Mustjala_vallavalitsus, lk 7
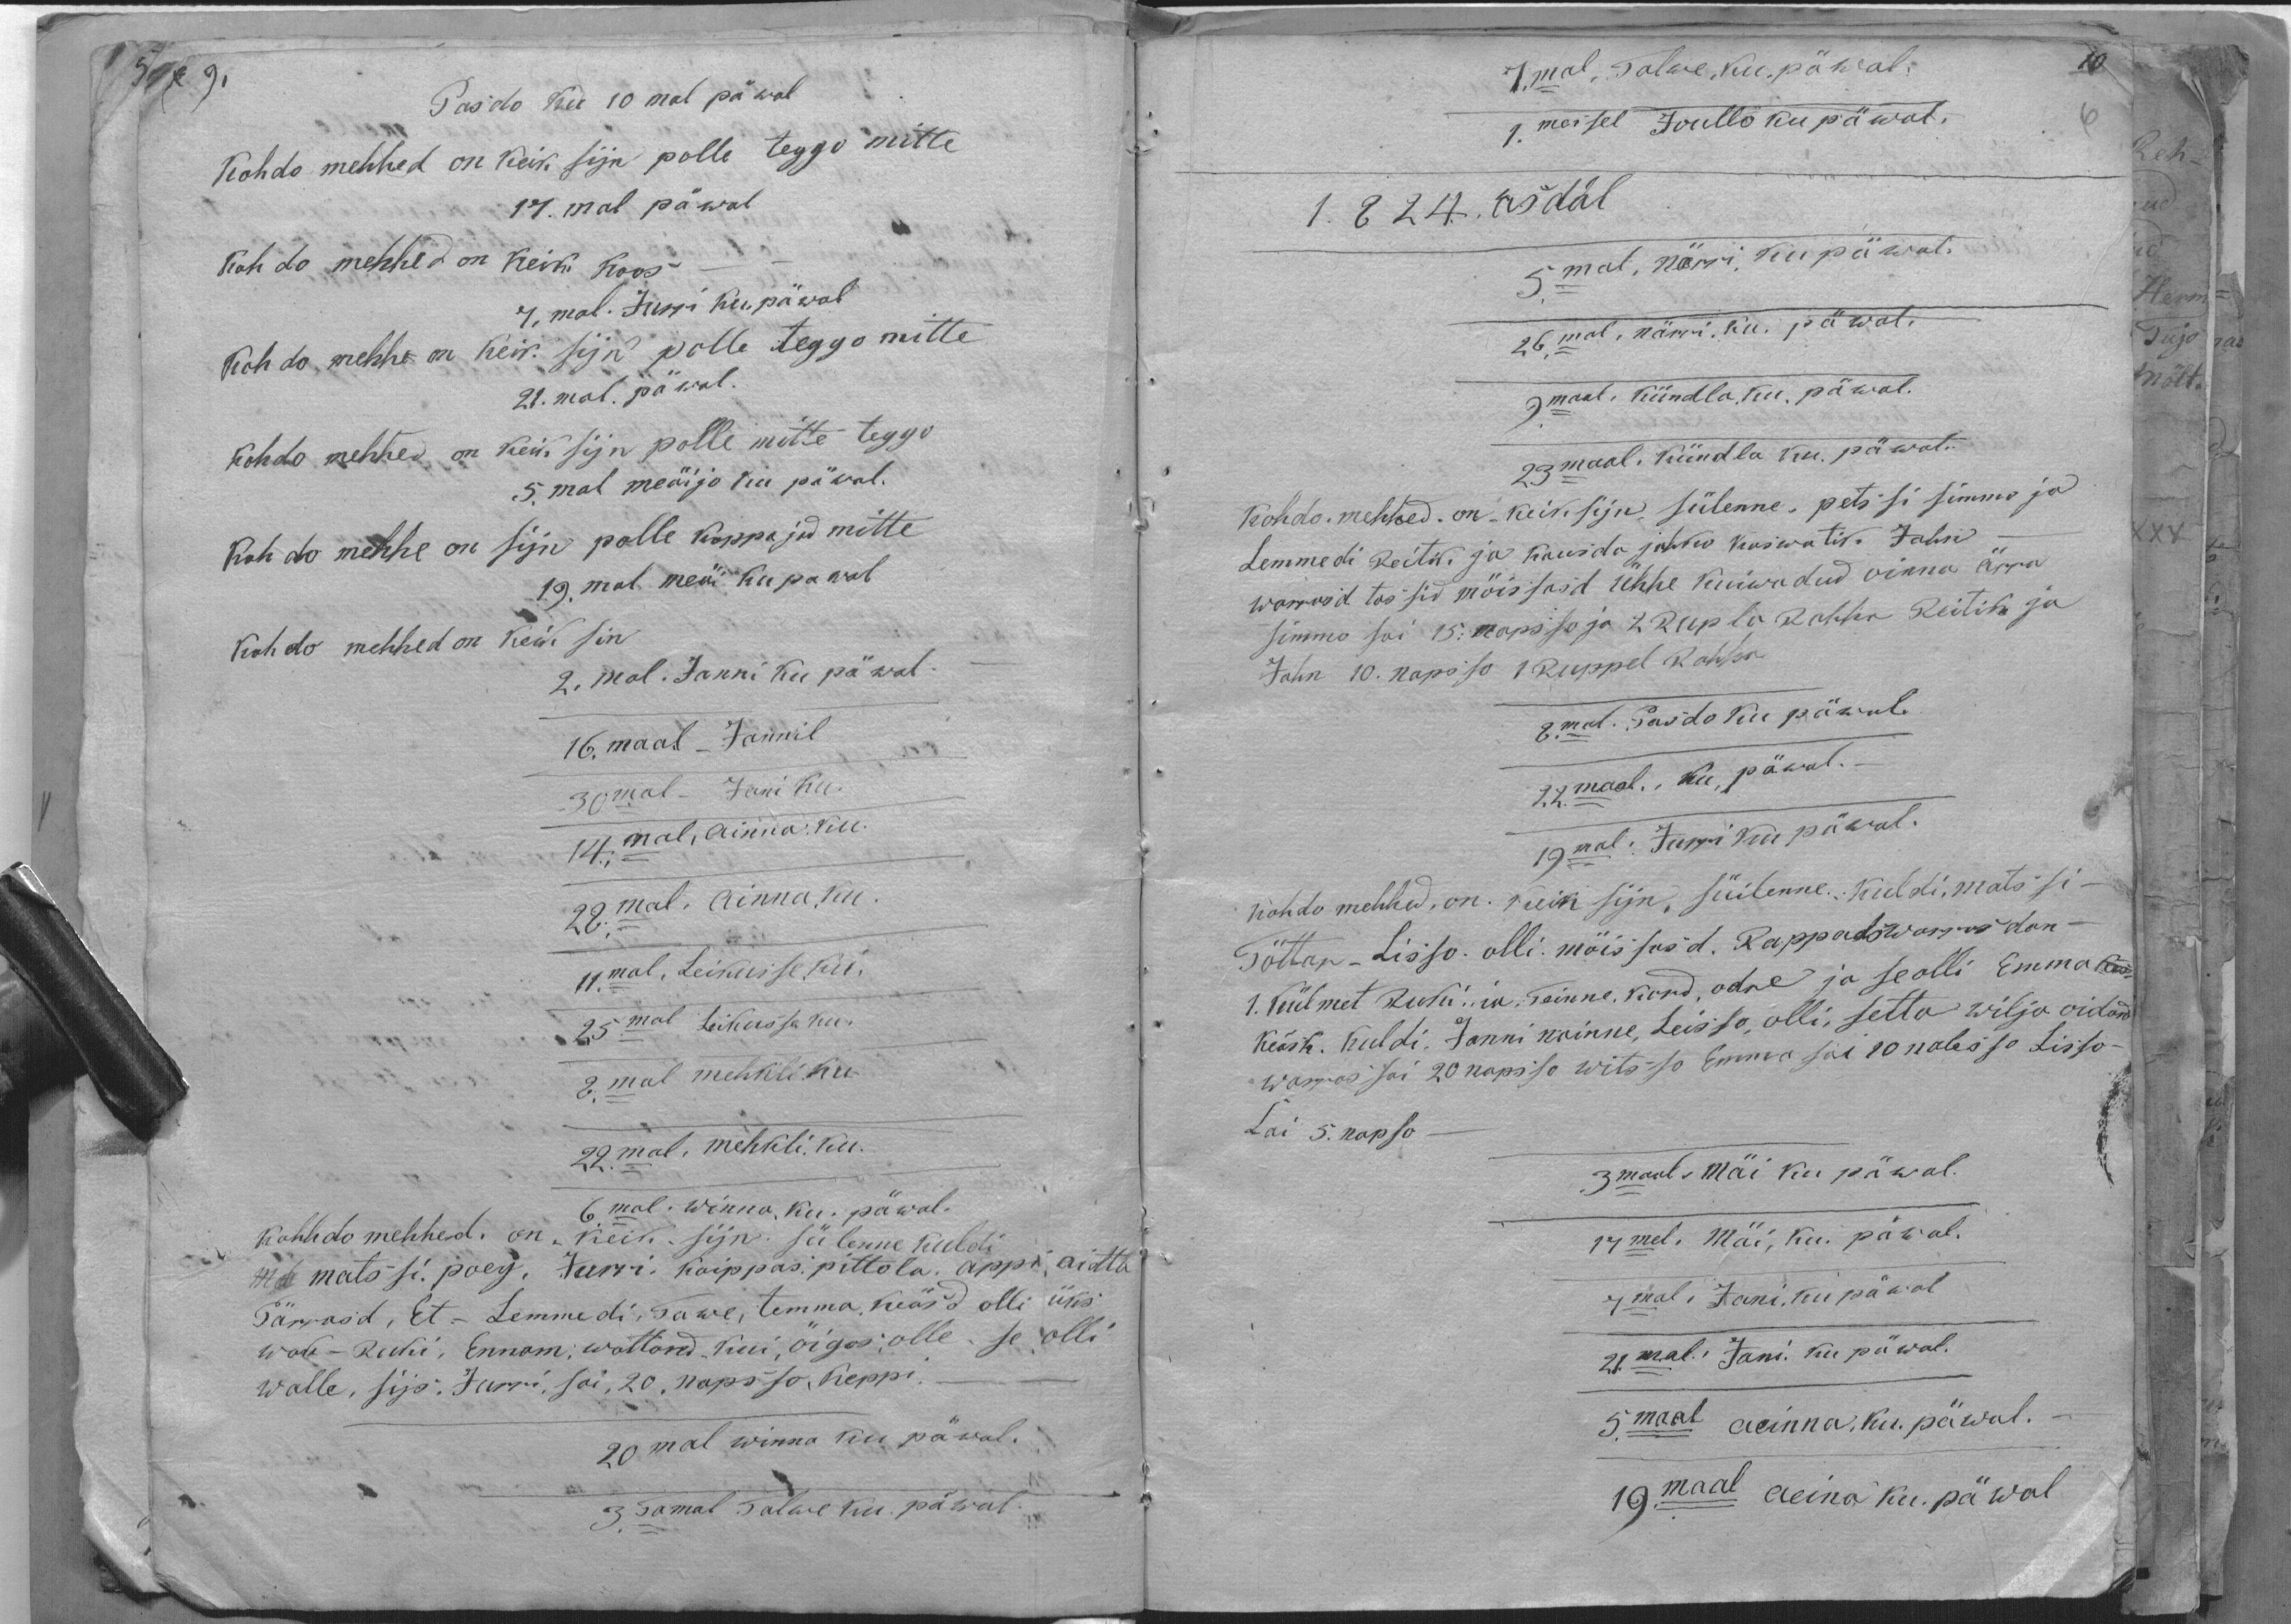
Pasdo ku 10mal päwal
Kohdo mehhed on keik sijn polle teggo mitte
17.mal päwal
Kohdo mehhed on Keik koos
7. mal. Jurri ku, päwal.
Kohdo mehhe on keik. siin polle teggo mitte
21.mal. päwal.
Kohto mehhed on keik sijn polle mitte teggo
5.mal meäijo ku päwal.
Koh do mehhe on sijn polle kappajad mitte
19.mal meäi ku pawal
Kohto mehhed on keik sin
2. mal. Janni ku pä wal
16. maal - Jannil
30mal Jani ku
14mal, ainna ku
28.mal. ainna ku
11mal, Leikusse ku.
25mal Leikusse ku
8mal mehkli ku
29mal, mehkli. ku.
6mal. Winna, ku päwal.
kohhdo mehhed. on keik sijn sülenne kuldi
matssi poeg, Jurri. Kaippas: pittola, appi, aitta
Pärrasd, Et.- Lemmedi, Tawe, temma, keäsd olli üks
wak - ruki, Ennam, wattand kui, öigus, olle. se olli
walle, sijs, Jurri, sai, 20 napsso, Keppi,
20mal winna kui päwal.
3.Tamal Talwe ku. päwal.

7.mal, Talwe, ku päwal.
1. messel Joullo ku päwal.
1824. asdal
5mal, närri, ku päewal.
26.mal, närri, ku. päwal.
9.maal, kündla ku päwal.
23maal. Kündla ku. päwal.
Kohdo mehhed on  keik, sijn, sülenne, petssi simmo ja
Lemmedi Reitik ja kausda jakku kaswatik. Jahn
warrasd tassid möissasd ühhe kuiwadud oinna ärra
simmo sai 15. napsso ja 2. Rupla Rahha Reitik ja
Jahn 10. napsso 1 Ruppel Rahha
8.mal. Pasdo ku päwal.
22. maal. ku, päwal.
19mal. Jurri kui päwal.
kohdo mehhed, on. keik sijn, süilenne. Kuldi, matssi-
Töttar - Lisso olli mõissasd. Rappatswarrasdan-
1. Külmet Rucki  ia Teinne, kord odre ja se olli Emma
keäsk. Kuldi, Janni nainne, Leisso, olli, setta wilja oidand
warras sai 20 napsso witsso Emma sai 10 nabsso Lisso-
Lai 5. napso
3maal. Mäi ku päwal.
17mel. Mäi, ku. päwal.
7mal. Jani, ku päwal
21.mal. Jani. ku päwal.
5.maal aeinna, ku päwal.
19.maal aeina ku. päwal